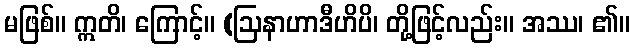
မဖြစ်။ ဣတိ၊ ကြောင့်။ (ဩနာဟာဒီဟိပိ၊ တို့ဖြင့်လည်း။ အဿ၊ ၏။